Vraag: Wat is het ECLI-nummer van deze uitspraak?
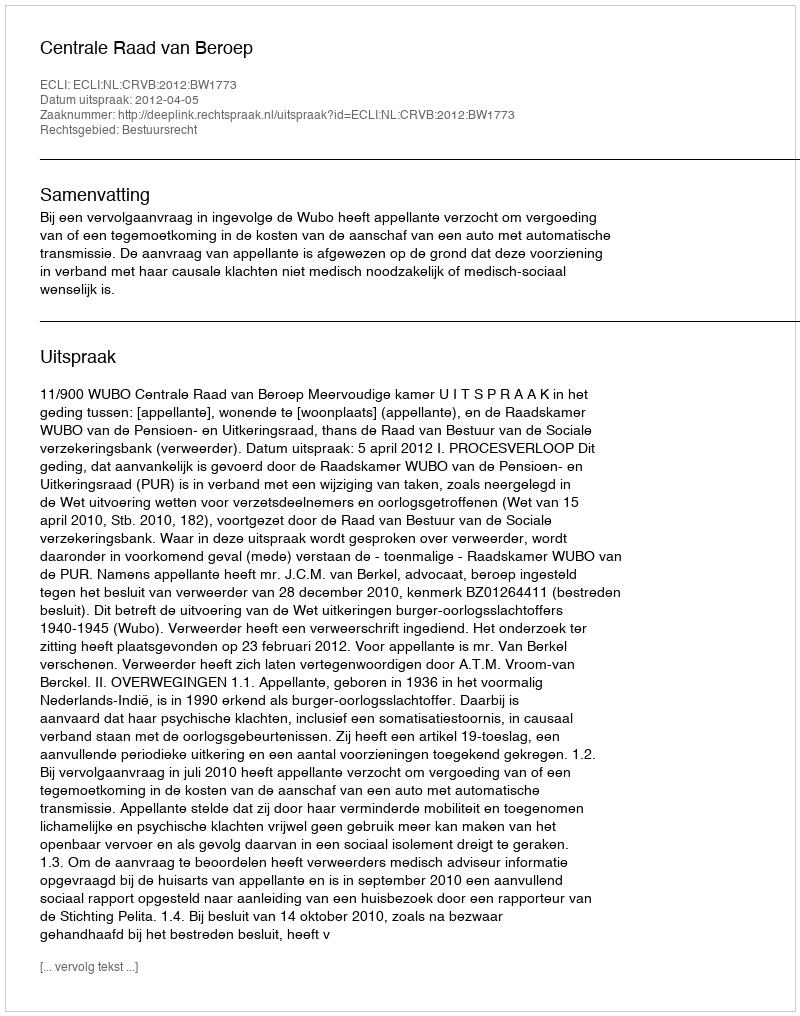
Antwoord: ECLI:NL:CRVB:2012:BW1773